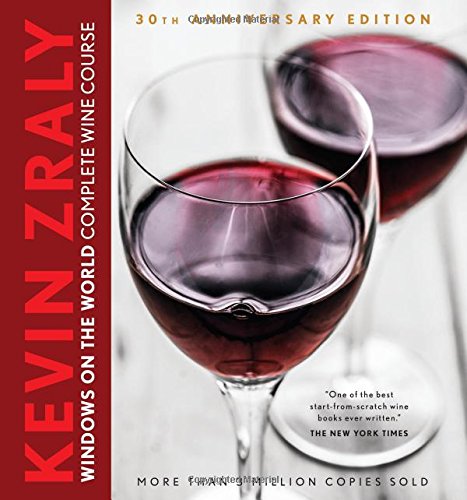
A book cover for Kevin Zraly Windows on the World Complete Wine Course: 30th Anniversary Edition; Kevin Zraly; Cookbooks, Food & Wine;